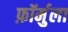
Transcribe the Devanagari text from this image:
फ़ॉर्मुला